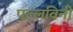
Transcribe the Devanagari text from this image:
पल्लविनी